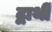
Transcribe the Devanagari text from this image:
द्वार्थी